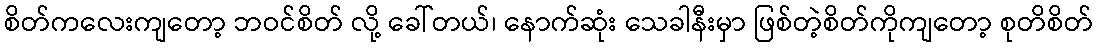
စိတ်ကလေးကျတော့ ဘဝင်စိတ် လို့ ခေါ်တယ်၊ နောက်ဆုံး သေခါနီးမှာ ဖြစ်တဲ့စိတ်ကိုကျတော့ စုတိစိတ်